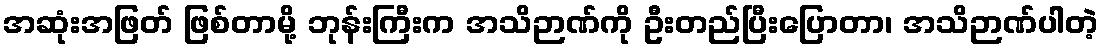
အဆုံးအဖြတ် ဖြစ်တာမို့ ဘုန်းကြီးက အသိဉာဏ်ကို ဦးတည်ပြီးပြောတာ၊ အသိဉာဏ်ပါတဲ့